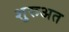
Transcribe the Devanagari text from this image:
शुरूअत